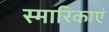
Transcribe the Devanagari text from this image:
स्मारिकाएं